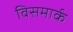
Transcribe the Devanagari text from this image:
विसमार्क